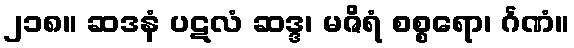
၂၁၈။ ဆဒနံ ပဋလံ ဆဒ္ဒ၊ မဇိရံ စစ္စရော၊ င်္ဂဏံ။